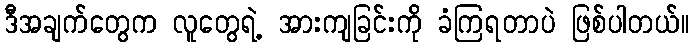
ဒီအချက်တွေက လူတွေရဲ့ အားကျခြင်းကို ခံကြရတာပဲ ဖြစ်ပါတယ်။